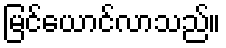
မြင်ယောင်လာသည်။